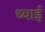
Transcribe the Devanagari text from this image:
ध्याई